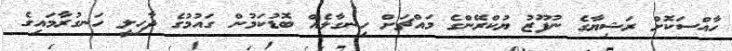
ހާއްސަކޮށް ރަޝިޔާގެ ނުފޫޒު ޔުކްރޭންގެ މައްޗަށް ހިނގާލެއް ބޮޑުކަމުން ގައުމުގެ ދާހިލީ ހަނގުރާމައިގެ